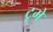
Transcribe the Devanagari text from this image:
टूमे